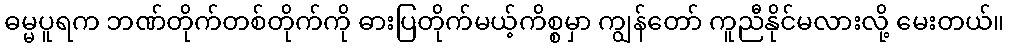
ဓမ္မပူရက ဘဏ်တိုက်တစ်တိုက်ကို ဓားပြတိုက်မယ့်ကိစ္စမှာ ကျွန်တော် ကူညီနိုင်မလားလို့ မေးတယ်။